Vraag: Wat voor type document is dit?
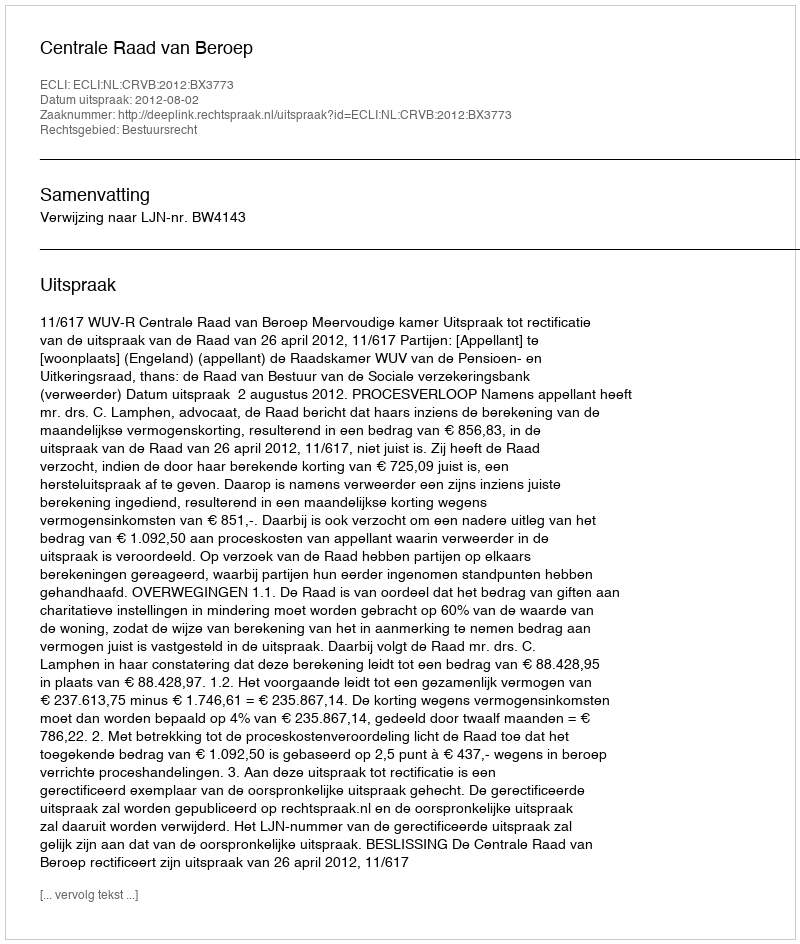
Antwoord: Uitspraak